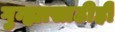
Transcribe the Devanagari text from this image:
गुन्ह्यासाठीही